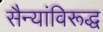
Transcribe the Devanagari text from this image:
सैन्यांविरूद्ध